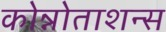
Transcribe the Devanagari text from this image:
कोन्नोताशन्स